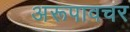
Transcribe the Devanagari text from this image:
अरूपावचर